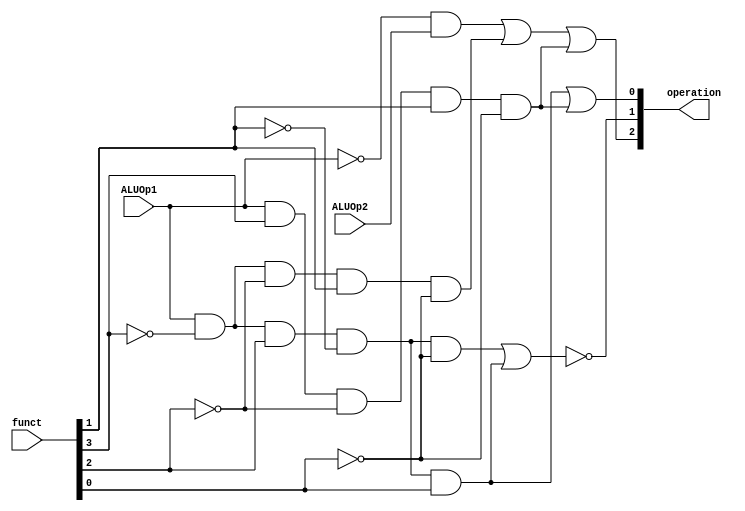
module ALUControl(operation, ALUOp1, ALUOp2, funct);
    input ALUOp1, ALUOp2;
    input [5:0] funct;

    output [2:0] operation;

    assign operation[0] = (
        (ALUOp1 & (~funct[3]) & funct[2] & (~funct[1]) & funct[0]) | 
        (ALUOp1 & funct[3] & (~funct[2]) & funct[1] & (~funct[0]))
    );

    assign operation[1] = ~(
        (ALUOp1 & (~funct[3]) & funct[2] & (~funct[1]) & (~funct[0])) |
        (ALUOp1 & (~funct[3]) & funct[2] & (~funct[1]) & funct[0])
    );

    assign operation[2] = (
        ((~ALUOp1) & ALUOp2) |
        (ALUOp1 & (~funct[3]) & (~funct[2]) & funct[1] & (~funct[0])) |
        (ALUOp1 & funct[3] & (~funct[2]) & funct[1] & (~funct[0]))
    );
endmodule